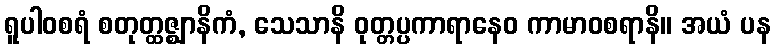
ရူပါဝစရံ စတုတ္ထဇ္ဈာနိကံ, သေသာနိ ဝုတ္တပ္ပကာရာနေဝ ကာမာဝစရာနိ။ အယံ ပန